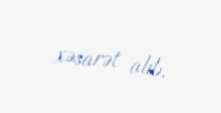
xəsarət alıb.